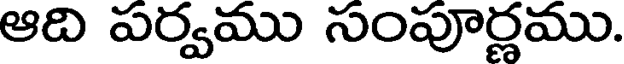
ఆది పర్వము సంపూర్ణము.